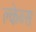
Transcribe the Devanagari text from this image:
क्लेब्स